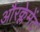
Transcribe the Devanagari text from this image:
औरक्लेमेंट